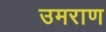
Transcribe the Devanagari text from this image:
उमराण